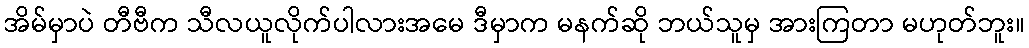
အိမ်မှာပဲ တီဗီက သီလယူလိုက်ပါလားအမေ ဒီမှာက မနက်ဆို ဘယ်သူမှ အားကြတာ မဟုတ်ဘူး။